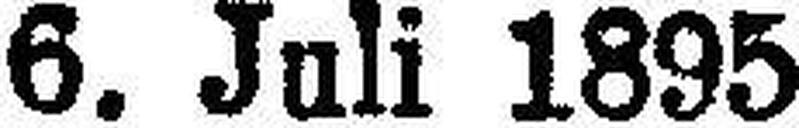
6. Juli 1895